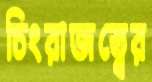
চিংরাজত্বের